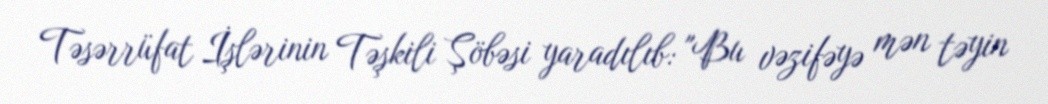
Təsərrüfat İşlərinin Təşkili Şöbəsi yaradılıb: "Bu vəzifəyə mən təyin